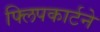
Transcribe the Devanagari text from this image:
फ्लिपकार्टने